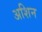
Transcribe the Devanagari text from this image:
अशिन